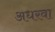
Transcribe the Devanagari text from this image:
अधरवा